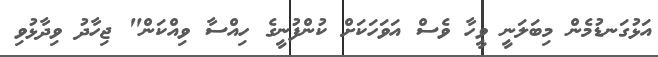
އަޅުގަނޑުމެން މިބަލަނީ ވީހާ ވެސް އަވަހަކަށް ކުންފުނީގެ ހިއްސާ ވިއްކަން" ޖިހާދު ވިދާޅުވި